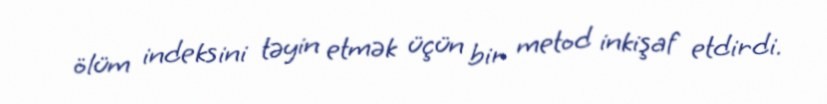
ölüm indeksini təyin etmək üçün bir metod inkişaf etdirdi.